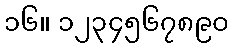
၁၆။ ၁၂၃၄၅၆၇၈၉၀